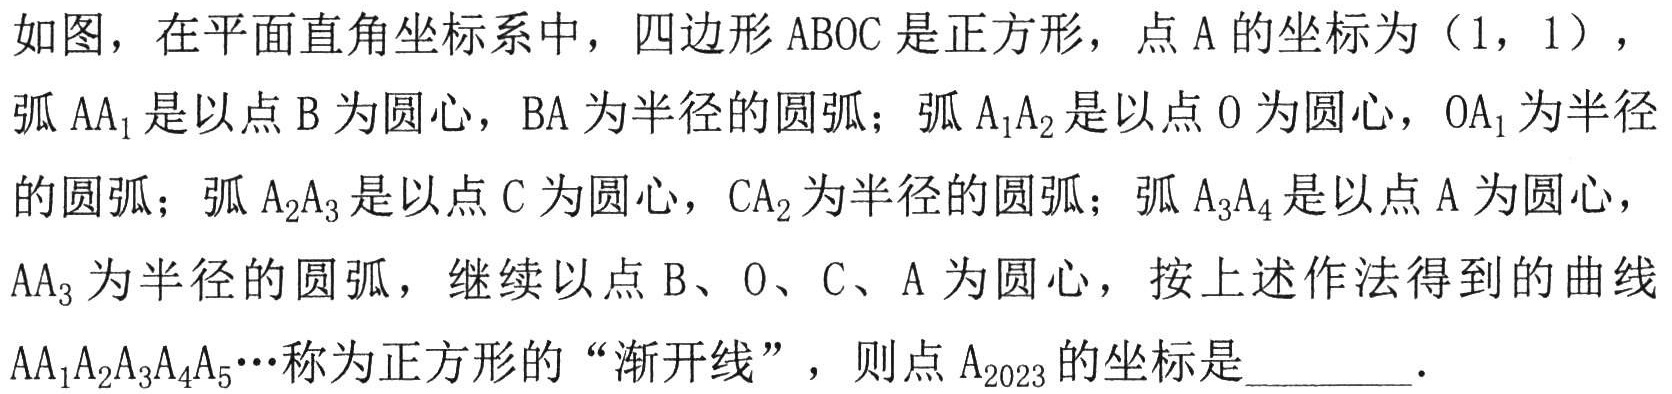
如图，在平面直角坐标系中，四边形\(ABOC\)是正方形，点\(A\)的坐标为\((1,1)\)，弧\(AA_{1}\)是以点\(B\)为圆心，\(BA\)为半径的圆弧；弧\(A_{1}A_{2}\)是以点\(O\)为圆心，\(OA_{1}\)为半径的圆弧；弧\(A_{2}A_{3}\)是以点\(C\)为圆心，\(CA_{2}\)为半径的圆弧；弧\(A_{3}A_{4}\)是以点\(A\)为圆心，\(AA_{3}\)为半径的圆弧，继续以点\(B\)、\(O\)、\(C\)、\(A\)为圆心，按上述作法得到的曲线\(AA_{1}A_{2}A_{3}A_{4}A_{5}\cdots\)称为正方形的“渐开线”，则点\(A_{2023}\)的坐标是________．